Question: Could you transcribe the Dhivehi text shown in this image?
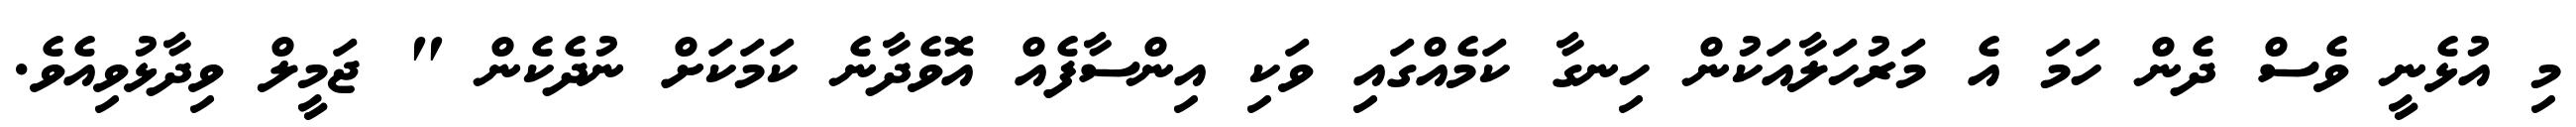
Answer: މި އުޅެނީ ވެސް ދެން ހަމަ އެ މަރުހަލާއަކުން ހިނގާ ކަމެއްގައި ވަކި އިންސާފެއް އޮވެދާނެ ކަމަކަށް ނުދެކެން " ޖަމީލް ވިދާޅުވިއެވެ.